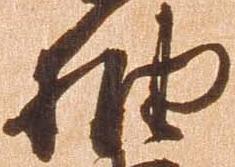
抽